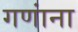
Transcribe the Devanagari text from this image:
गणांना